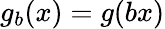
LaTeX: g_{b}(x)=g(bx)